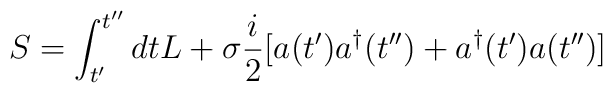
S=\int _{t'}^{t''}dtL+\sigma \frac{i}{2}[a(t')a^{\dagger }(t'')+a^{\dagger }(t')a(t'')]